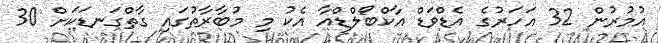
އުމުރުން 32 އަހަރުގެ އެޑްވަޑް އާކްބޯލްޑްއާ އެކު މި މުބާރާތުގައި ގާތްގަނޑަކަށް 30